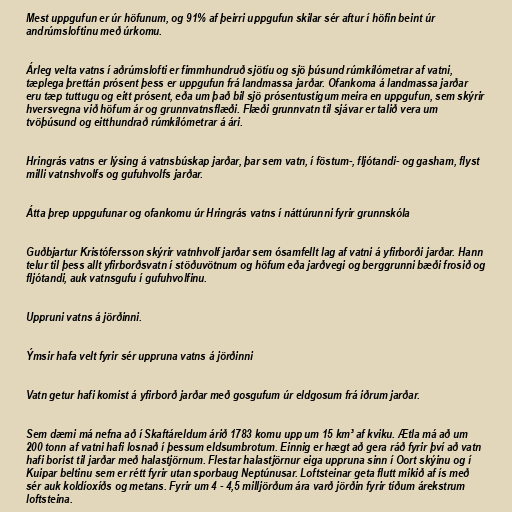
Mest uppgufun er úr höfunum, og 91% af þeirri uppgufun skilar sér aftur í höfin beint úr
andrúmsloftinu með úrkomu.

Árleg velta vatns í aðrúmslofti er fimmhundruð sjötíu og sjö þúsund rúmkílómetrar af vatni,
tæplega þrettán prósent þess er uppgufun frá landmassa jarðar. Ofankoma á landmassa jarðar
eru tæp tuttugu og eitt prósent, eða um það bil sjö prósentustigum meira en uppgufun, sem skýrir
hversvegna við höfum ár og grunnvatnsflæði. Flæði grunnvatn til sjávar er talið vera um
tvöþúsund og eitthundrað rúmkílómetrar á ári.

Hringrás vatns er lýsing á vatnsbúskap jarðar, þar sem vatn, í föstum-, fljótandi- og gasham, flyst
milli vatnshvolfs og gufuhvolfs jarðar.

Átta þrep uppgufunar og ofankomu úr Hringrás vatns í náttúrunni fyrir grunnskóla

Guðbjartur Kristófersson skýrir vatnhvolf jarðar sem ósamfellt lag af vatni á yfirborði jarðar. Hann
telur til þess allt yfirborðsvatn í stöðuvötnum og höfum eða jarðvegi og berggrunni bæði frosið og
fljótandi, auk vatnsgufu í gufuhvolfinu.

Uppruni vatns á jörðinni.

Ýmsir hafa velt fyrir sér uppruna vatns á jörðinni

Vatn getur hafi komist á yfirborð jarðar með gosgufum úr eldgosum frá iðrum jarðar.

Sem dæmi má nefna að í Skaftáreldum árið 1783 komu upp um 15 km³ af kviku. Ætla má að um
200 tonn af vatni hafi losnað í þessum eldsumbrotum. Einnig er hægt að gera ráð fyrir því að vatn
hafi borist til jarðar með halastjörnum. Flestar halastjörnur eiga uppruna sinn í Oort skýinu og í
Kuipar beltinu sem er rétt fyrir utan sporbaug Neptúnusar. Loftsteinar geta flutt mikið af ís með
sér auk koldíoxíðs og metans. Fyrir um 4 - 4,5 milljörðum ára varð jörðin fyrir tíðum árekstrum
loftsteina.